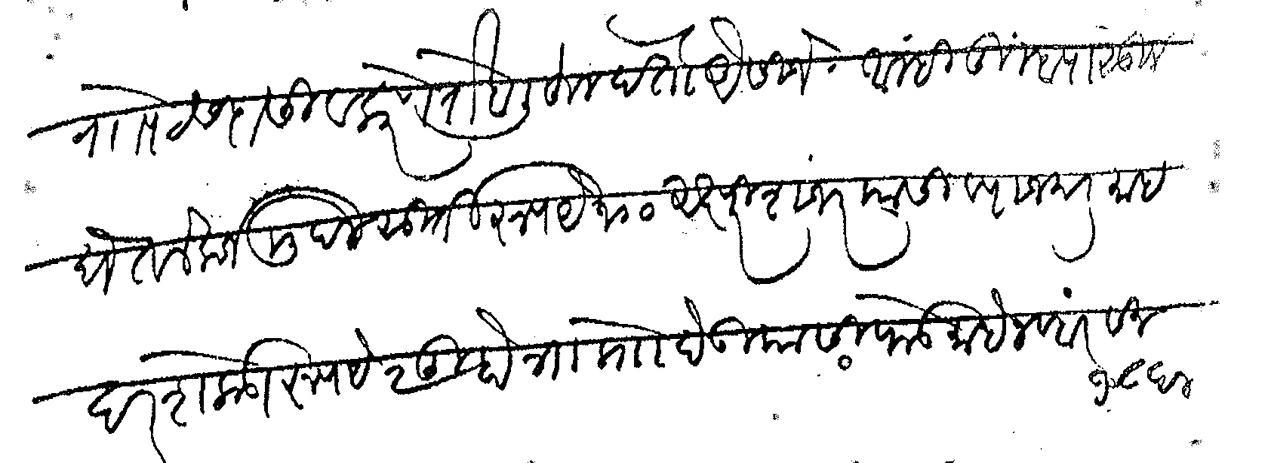
Transliteration (Devanagari): या पेट सदासिव कारणे रोखा लिहून देतो ऐसीजे आम्ही तुम्हापासून घेतले कर्ज मुदल सुर्ती रुपये १०० अक्षरी शंभर यासी व्याज दरमाह दरशेकडा रुपये २ दुहोत्रा प्रो देऊ यासी फेड माहे नवबंर सन १८६४